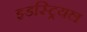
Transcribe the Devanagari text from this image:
इडस्ट्रियल